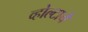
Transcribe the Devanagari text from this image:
व्होल्टाचे